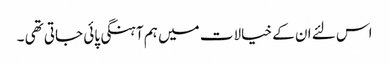
اس لئے ان کے خیالات میں ہم آہنگی پائی جاتی تھی ۔